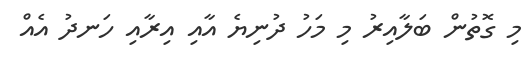
މި ގޮތުން ބަލާއިރު މި މަހު ދުނިޔެ އާއި އިރާއި ހަނދު އެއް